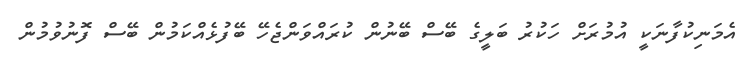
އެމަނިކުފާނަކީ އުމުރަށް ހަކުރު ބަލީގެ ބޭސް ބޭނުން ކުރައްވަންޖެހޭ ބޭފުޅެއްކަމުން ބޭސް ފޮނުވުމުން